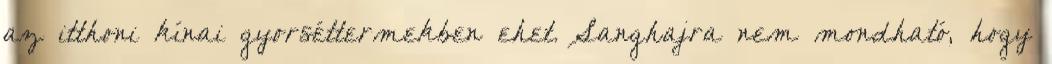
az itthoni kínai gyorséttermekben ehet. Sanghajra nem mondható, hogy